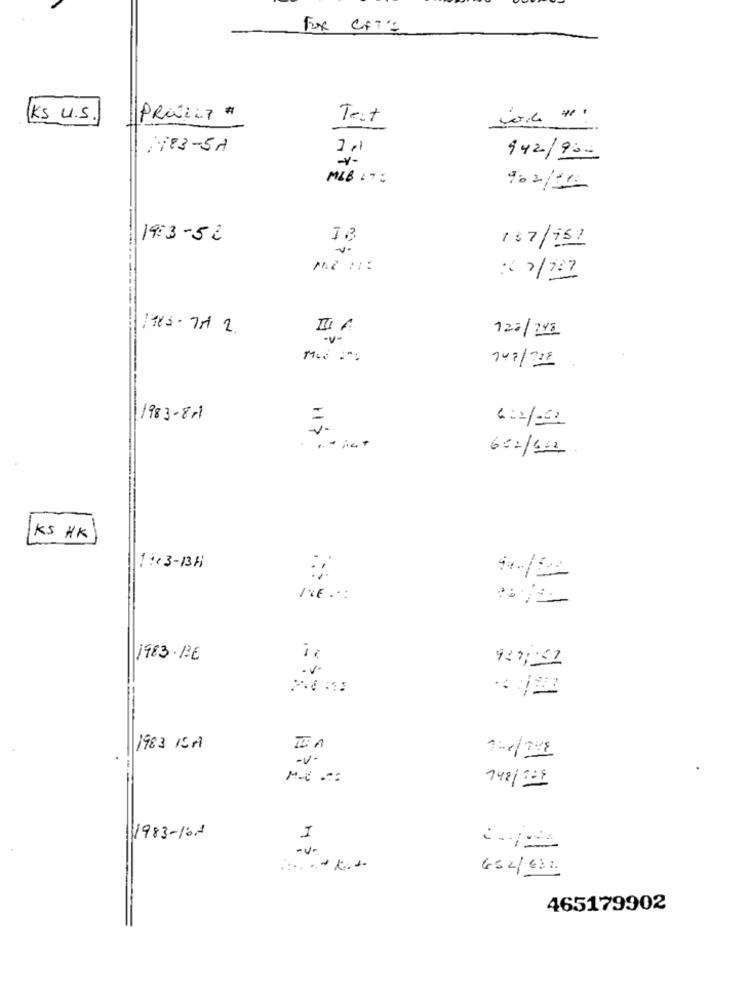
Fox CF7':
KS U.S.
PRALLT #
Test
:183-5A
942/950
MLB LT=
902/11
19:3-52
18
187/152
-V-
120/248
147/218
1983-811
6:2/021
602/622.
KS HK
1 :+ 3-13H
1983.17€
it
.v.
1983 15M
-V -
M-C .:
748/BB1
1983-10-
1
-v-
652/632
465179902